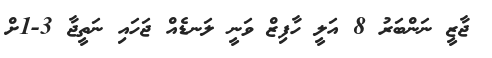
ޖާޒީ ނަންބަރު 8 އަލީ ހާފިޒް ވަނީ ލަނޑެއް ޖަހައި ނަތީޖާ 3-1ށް